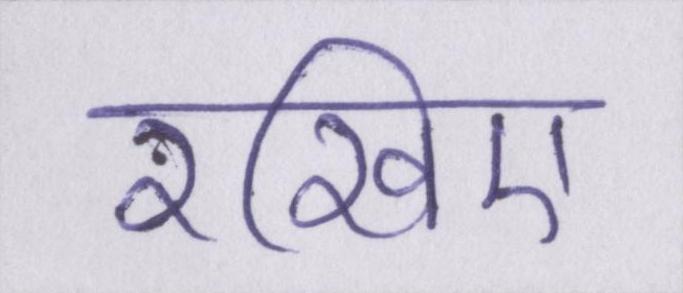
रखिए